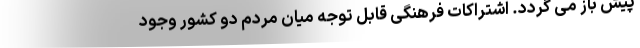
پیش باز می گردد. اشتراکات فرهنگی قابل توجه میان مردم دو کشور وجود